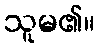
သူမ၏။